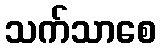
သက်သာစေ